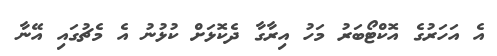
އެ އަހަރުގެ އޮކްޓޯބަރު މަހު އިރާގާ ދެކޮޅަށް ކުޅުނު އެ މެޗުގައި އޭނާ